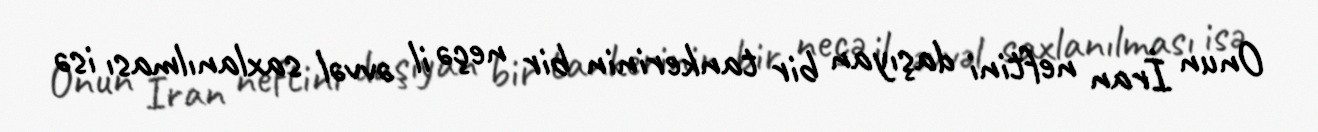
Onun İran neftini daşıyan bir tankerinin bir neçə il əvvəl saxlanılması isə